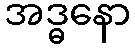
အဒ္ဓနော